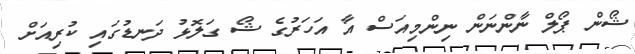
ޝޯން ޕޯލް ނާންނަން ނިންމިއަސް އާ އަހަރުގެ ޝޯ ގަލޮޅު ދަނޑުގައި ކުރިއަށް